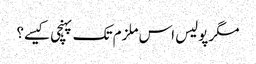
مگر پولیس اس ملزم تک پہنچی کیسے؟